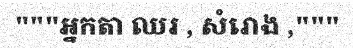
"""អ្នកតា ឈរ , សំរោង ,"""